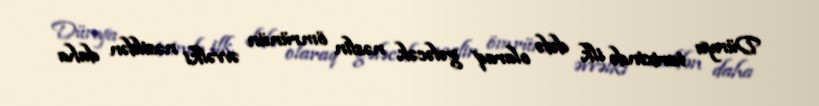
Dünya tarixində ilk dəfə olaraq gələcək nəslin ömrünün əvvəlki nəsildən daha